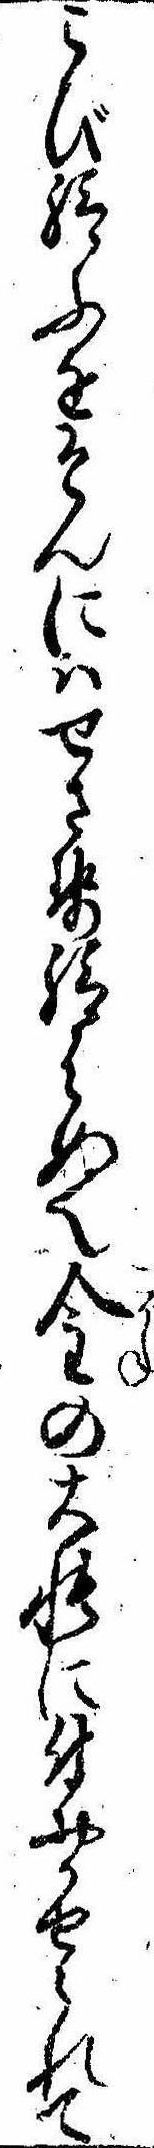
こび給ふをそんにはせさせ給はぬ也金の大帳に付おかせられて